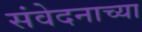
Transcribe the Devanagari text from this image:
संवेदनाच्या